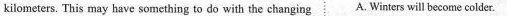
kilometers. This may have something to do with the changing A. Winters will become colder.